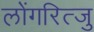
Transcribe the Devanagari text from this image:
लोंगरित्जु